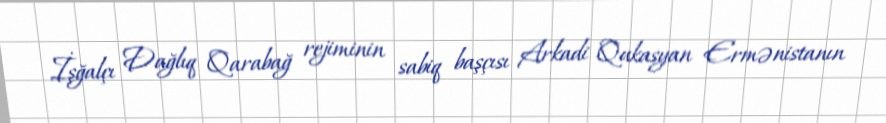
İşğalçı Dağlıq Qarabağ rejiminin sabiq başçısı Arkadi Qukasyan Ermənistanın